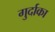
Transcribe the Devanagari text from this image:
गुर्दाका